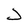
Character: J